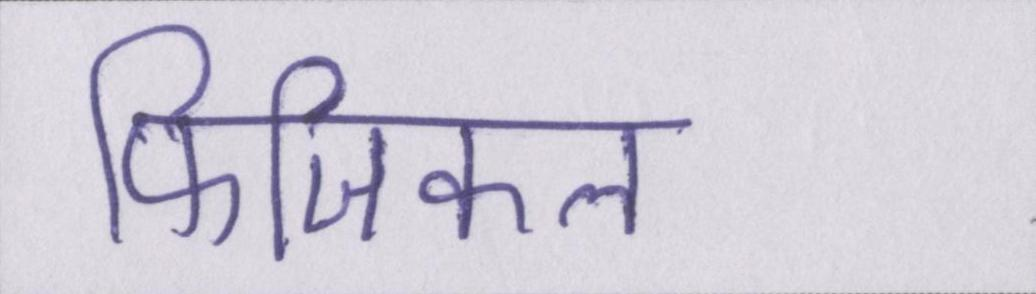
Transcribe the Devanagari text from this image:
फिजिकल